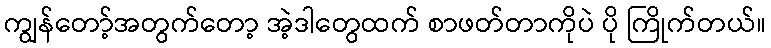
ကျွန်တော့်အတွက်တော့ အဲ့ဒါတွေထက် စာဖတ်တာကိုပဲ ပို ကြိုက်တယ်။